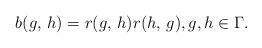
LaTeX: \begin{align*}b(g,\,h) = r(g,\,h)r(h,\,g), g,h\in \Gamma.\end{align*}